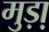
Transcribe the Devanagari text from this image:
मुड़ा़